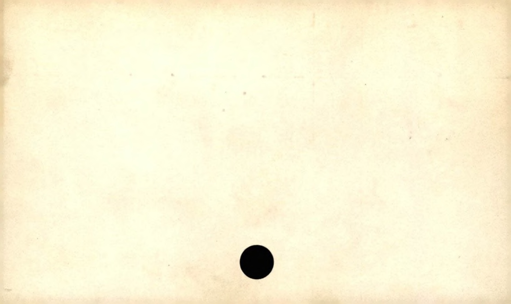
Label: blank